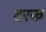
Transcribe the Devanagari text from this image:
दरक